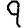
Digit: 9